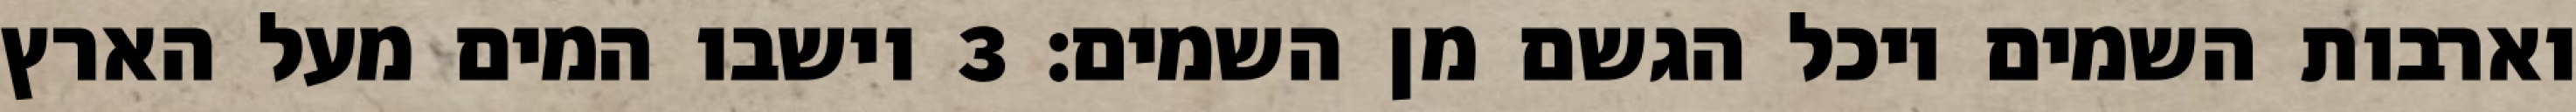
וארבות השמים ויכל הגשם מן השמים׃ ‎3‏ וישבו המים מעל הארץ